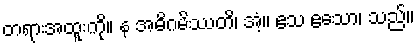
တရားအထူးကို။ န အဓိဂမိဿတိ၊ အံ့။ ဧသ ဧသော၊ သည်။